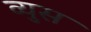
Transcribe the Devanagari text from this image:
व्युस